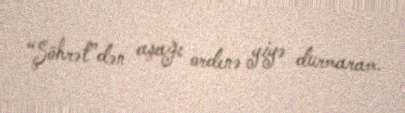
“Şöhrət”dən aşağı ordenə yiyə durmaram.